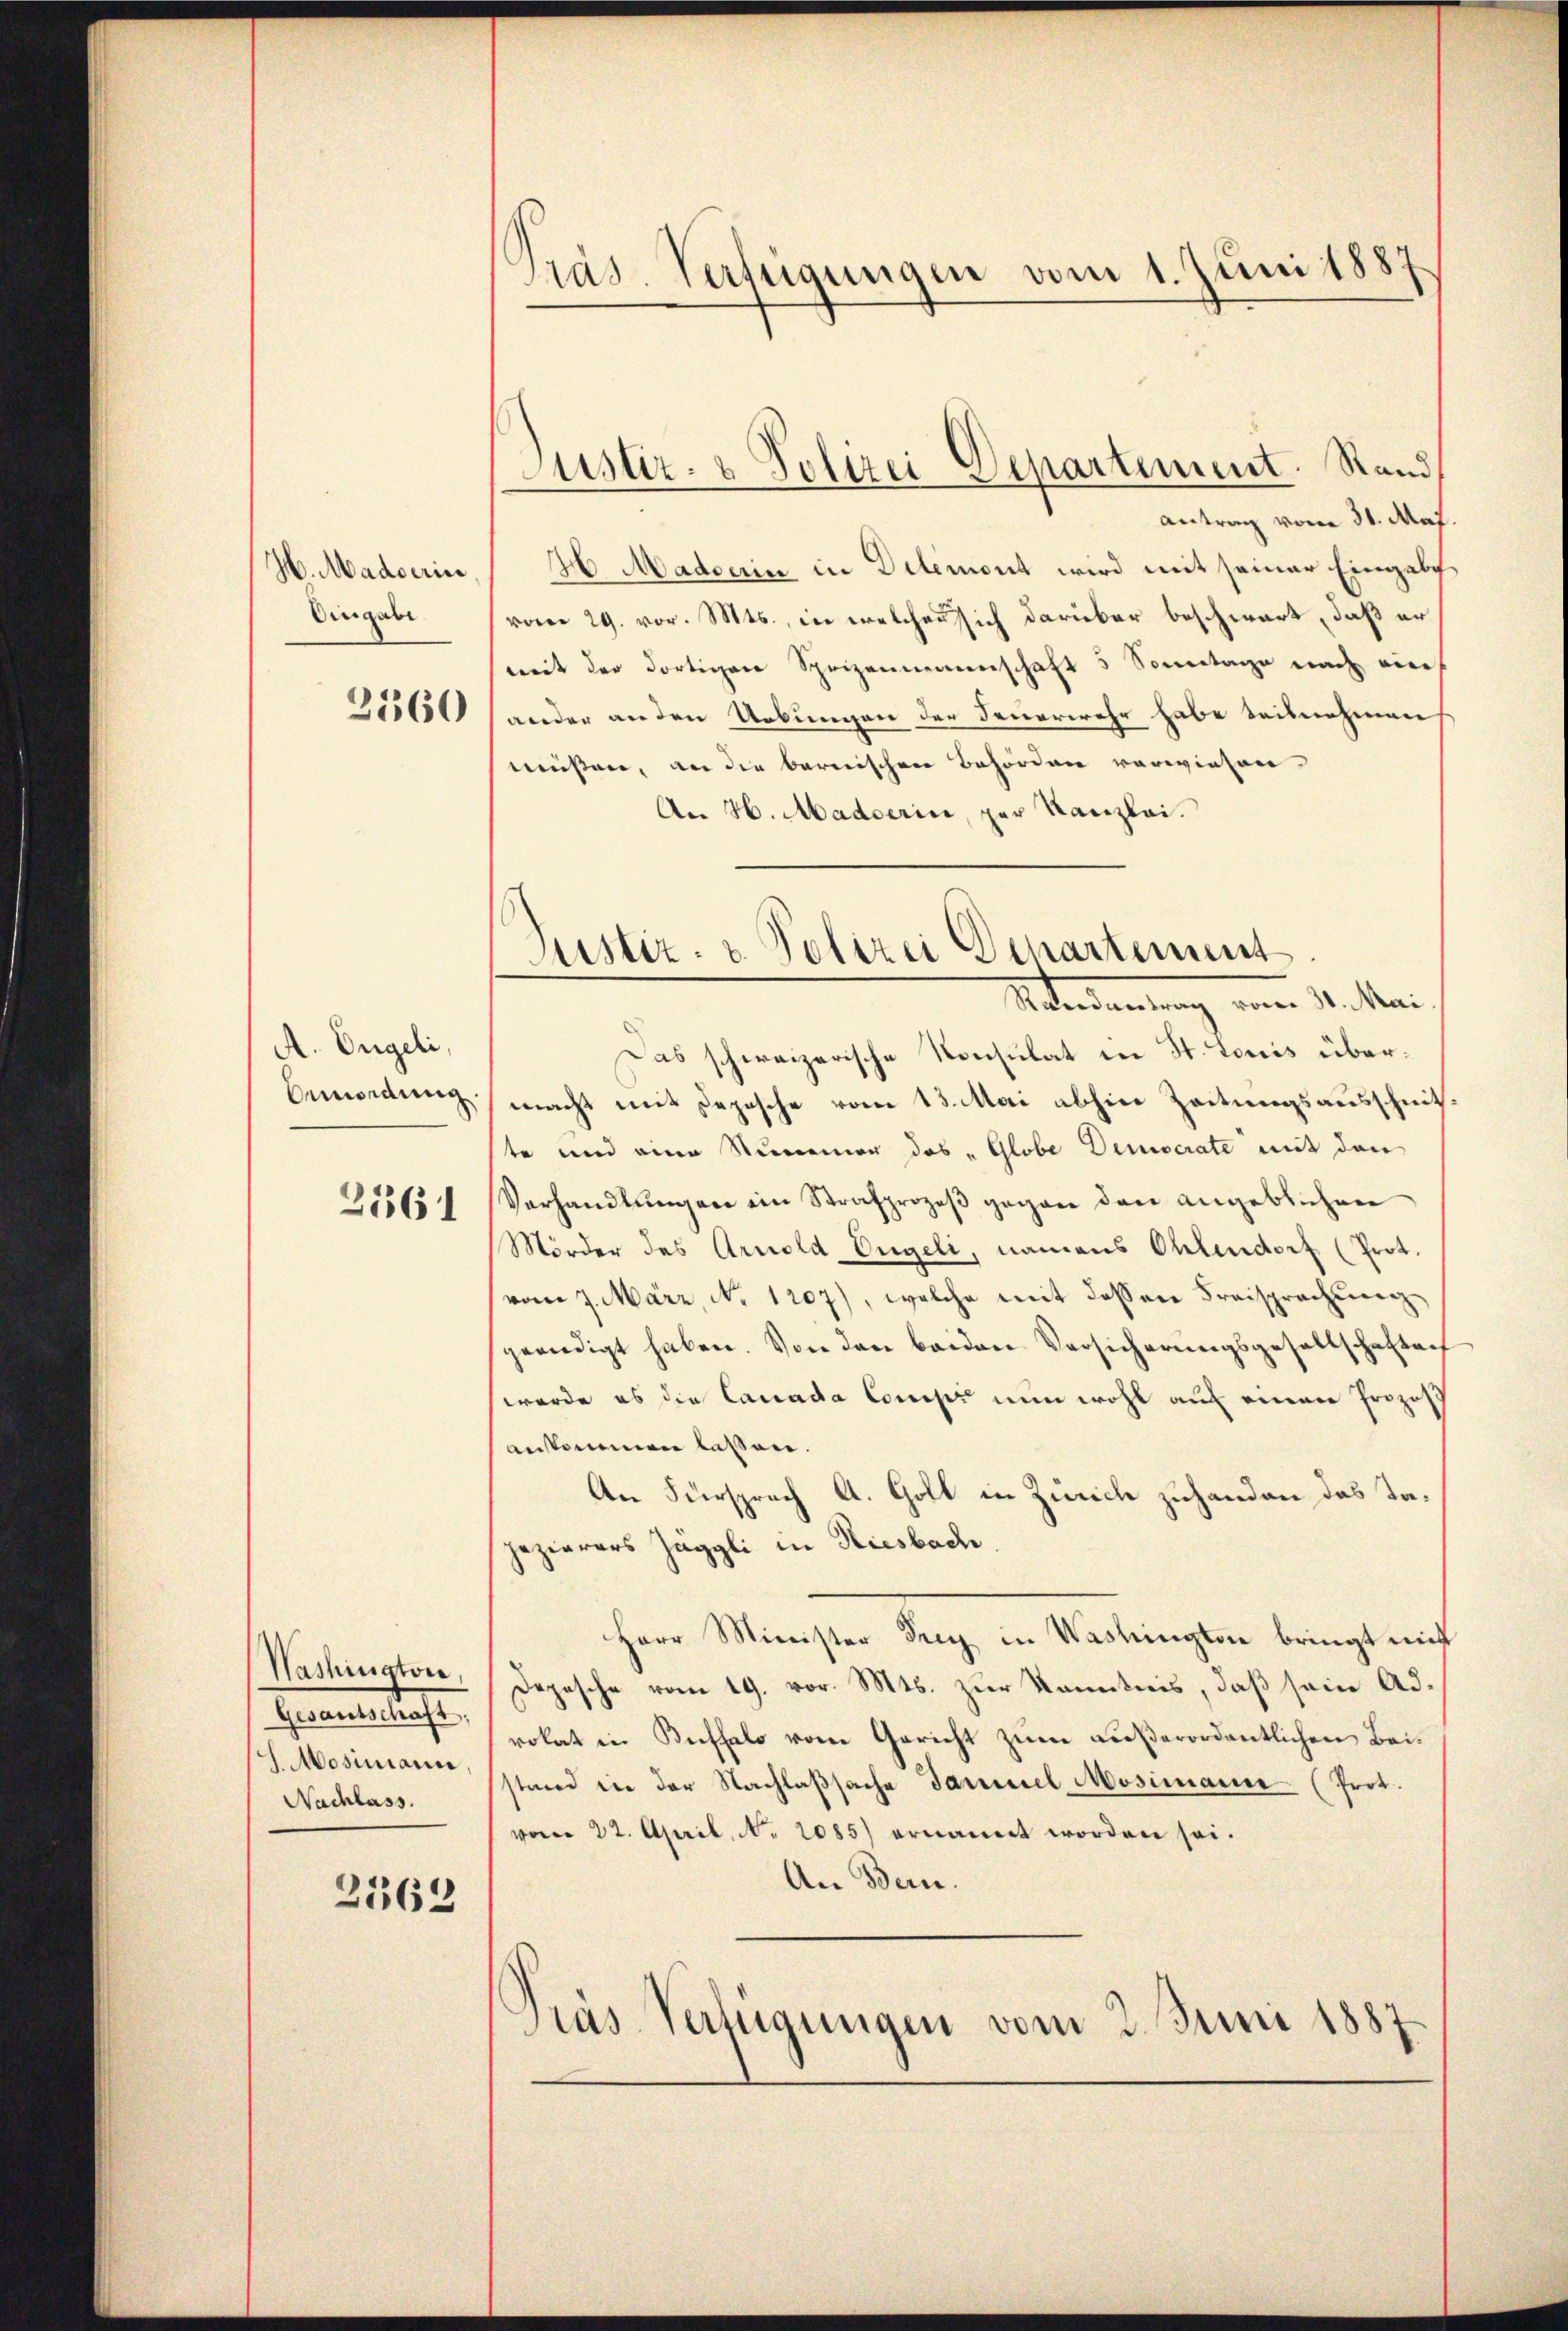
H. Madoerin
Eingabe

2360

A. Engeli,
bemordung.
2561

Washington,
Gesantschaft,
J. Mosimann
Nachlass.

2162

Präs. Verfügungen vom 1. Juni 1887

Justiz- & Polizei Departement. Stand

antrag vom 31. Mai.
H Madoerin in Dilemont wird mit seiner Eingabe
vom 29. vor. Mts., in welchen sich darüber beschwart, daß er
mit der dortigen Sprizenmannschaft 5 Sonntage nach ein
ander an den Uebungen der Feuerwehr habe beisnehmen
müßen, an die bernischen Behörden vorwiesen.
An H. Madoerin, per Kanzlei.
Das schweizerische Konsulat in St. Louis übermacht mit Depesche vom 13. Mai abhin Zeitungsausschnit
te und eine Riemer das „Globe Democrate mit den
Verhandlŭngen ein Strafprozeβ gegen den angeblichen
Mörder des Arnold Engeli, namens Ohlendorf (Prot.
vom 7. März, No. 1207), welche mit dessen Freisprachung
geriedigt haben. Von den beiden Versicherungsgesellschaftenf
werde es die Canada Comip nun wohl auf einer Prozes
ankommen laßen.
An Fürsprach A. Goll in Zürich zuhanden das Tajezierers Jäggli in Riesbach
Herr Minister Frey in Washingten bringt mit
Depesche vom 19. vor. Mts. zur Kenntnis, daß sein Adrokat in Buffalo vom Gericht zum außerordentlichen Beistand in der Nachlaβsache Samuel Mosimanne (Prot.
vom 22. April, N. 2085) ernannt worden sei.
An Bern.
Gras Verfügungen vom 2. Juni 1887

Justiz- & Polizei Departement
Retereitung vom 14. Mai